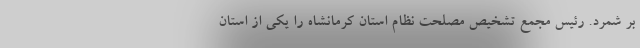
بر شمرد. رئیس مجمع تشخیص مصلحت نظام استان کرمانشاه را یکی از استان